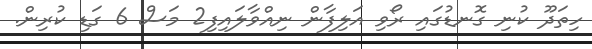
ހިތަދޫ ކުނި ގޮނޑުގައި ރޯވި އަލިފާން ނިއްވާލައިފި2 މަސް 6 ގަޑި ކުރިން.